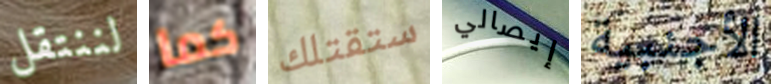
لننتقل كما ستقتلك إيصالي الأجنبية